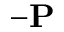
- \bf { P }